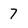
Character: 7